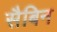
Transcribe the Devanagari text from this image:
सैबिन